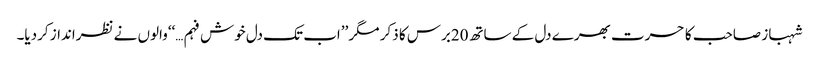
شہباز صاحب کا حسرت بھرے دل کے ساتھ20برس کا ذکر مگر ’’اب تک دل خوش فہم…‘‘والوں نے نظرانداز کردیا۔